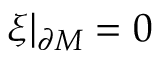
\xi \vert _ { \partial { \cal M } } = 0